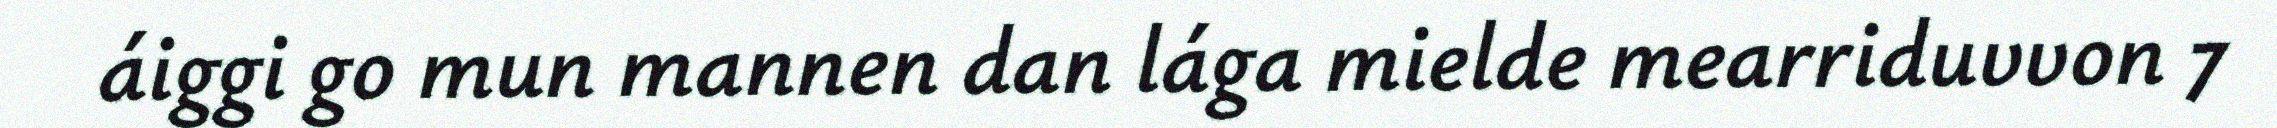
áiggi go mun mannen dan lága mielde mearriduvvon 7